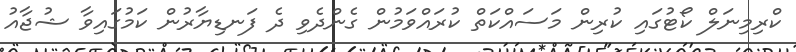
ކްރިމިނަލް ކޯޓުގައި ކުރިން މަސައްކަތް ކުރައްވަމުން ގެންދެވި ދެ ފަނޑިޔާރުން ކަމުގައިވާ ޝުޖާއު